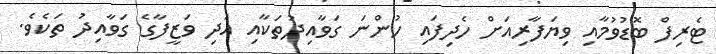
ޓެރިފް ބޮޑުވުމާއި ވިޔަފާރިއަށް ހެދިފައި ހުންނަ ގަވާއިދުތަކާއި އަދި ވަޒީފާގެ ގަވާއިދު ތަކެވެ.